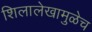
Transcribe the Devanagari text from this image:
शिलालेखामुळेच